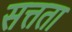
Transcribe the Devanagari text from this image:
सत्तता